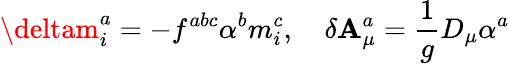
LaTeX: \deltam_{i}^{a}=-f^{abc}\alpha^{b}m_{i}^{c},\quad\delta\mathbf{A}_{\mu}^{a}=\frac{1}{g}D_{\mu}\alpha^{a}